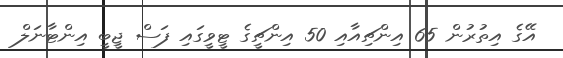
އޭގެ އިތުރުން 65 އިންޗިއާއި 50 އިންޗީގެ ޓީވީގައި ފަސް ޖީބީ އިންޓާނަލް